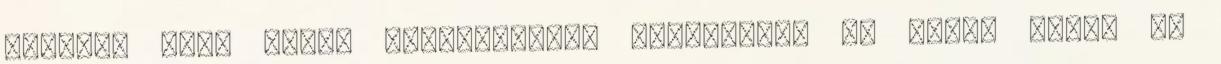
euróért árul olyan kötvényeket, amelyekkel be lehet jönni az